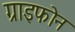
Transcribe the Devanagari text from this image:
ग्राइफोन